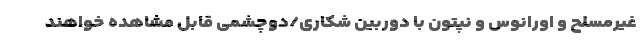
غیرمسلح و اورانوس و نپتون با دوربین شکاری/دوچشمی قابل مشاهده خواهند